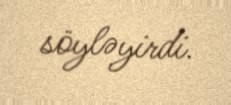
söyləyirdi.